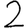
Digit: 2